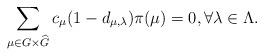
LaTeX: \begin{align*}\sum_{\mu \in G\times \widehat{G}}c_\mu(1-d_{\mu, \lambda})\pi(\mu)=0, \forall \lambda \in \Lambda.\end{align*}